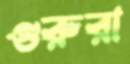
গুরুরা